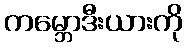
ကမ္ဘောဒီးယားကို